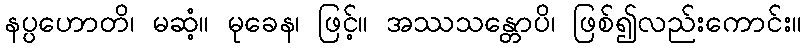
နပ္ပဟောတိ၊ မဆံ့။ မုခေန၊ ဖြင့်။ အဿသန္တောပိ၊ ဖြစ်၍လည်းကောင်း။